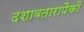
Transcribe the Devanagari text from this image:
दशावतारापैकी